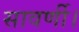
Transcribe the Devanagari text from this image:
सावर्णी।